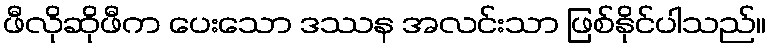
ဖီလိုဆိုဖီက ပေးသော ဒဿန အလင်းသာ ဖြစ်နိုင်ပါသည်။